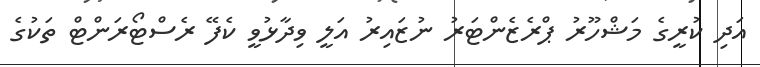
އަދި ކުރީގެ މަޝްހޫރު ޕްރެޒެންޓަރު ނުޒައިރު އަލީ ވިދާޅުވީ ކެފޭ ރެސްޓޯރަންޓް ތަކުގެ